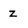
Character: z